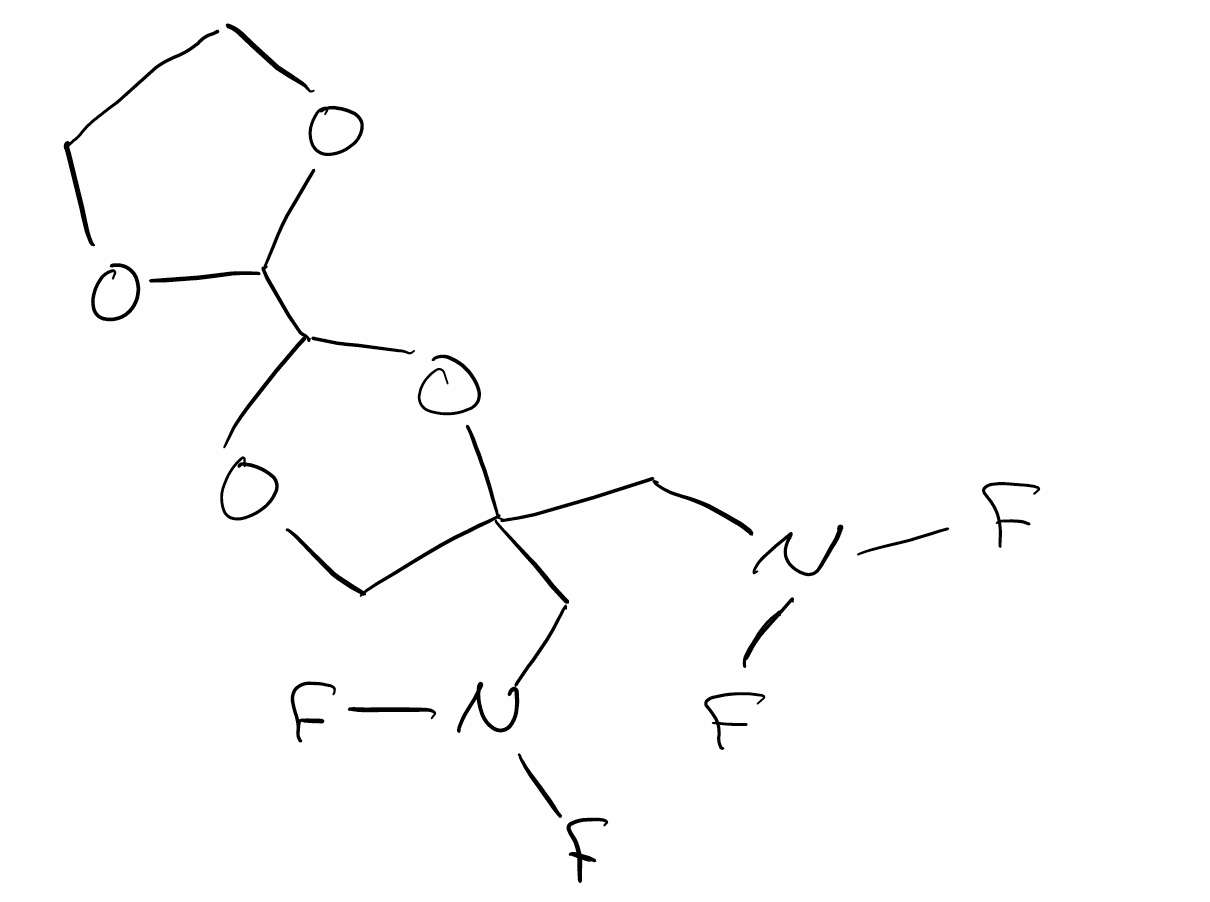
Simplified molecular-input line-entry system (SMILES) notation of the given molecule:
C1COC(O1)C2OCC(O2)(CN(F)F)CN(F)F